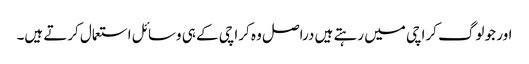
اور جو لوگ کراچی میں رہتے ہیں دراصل وہ کراچی کے ہی وسائل استعمال کرتے ہیں۔